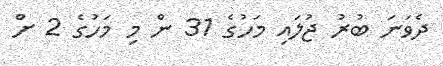
ދެވަނަ ބުރު ޖުލައި މަހުގެ 31 ން މި މަހުގެ 2 ށް